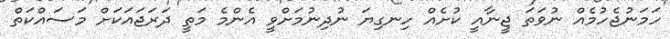
ހަމަނުޖެހުމެއް ނުވަތަ ޖީނާއީ ކުށެއް ހިނގިޔަ ނުދިނުމަށްވީ އެންމެ މަތީ ދަރަޖައަކަށް މަސައްކަތް